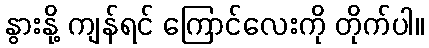
နွားနို့ ကျန်ရင် ကြောင်လေးကို တိုက်ပါ။